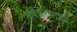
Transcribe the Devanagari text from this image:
वर्षभरासाठी